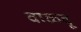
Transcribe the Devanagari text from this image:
वाळवू